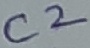
Text: C2